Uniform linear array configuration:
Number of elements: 8
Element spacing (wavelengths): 0.75
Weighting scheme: exponential
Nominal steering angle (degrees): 15
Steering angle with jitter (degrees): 14.682
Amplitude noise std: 0.05
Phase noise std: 0.05

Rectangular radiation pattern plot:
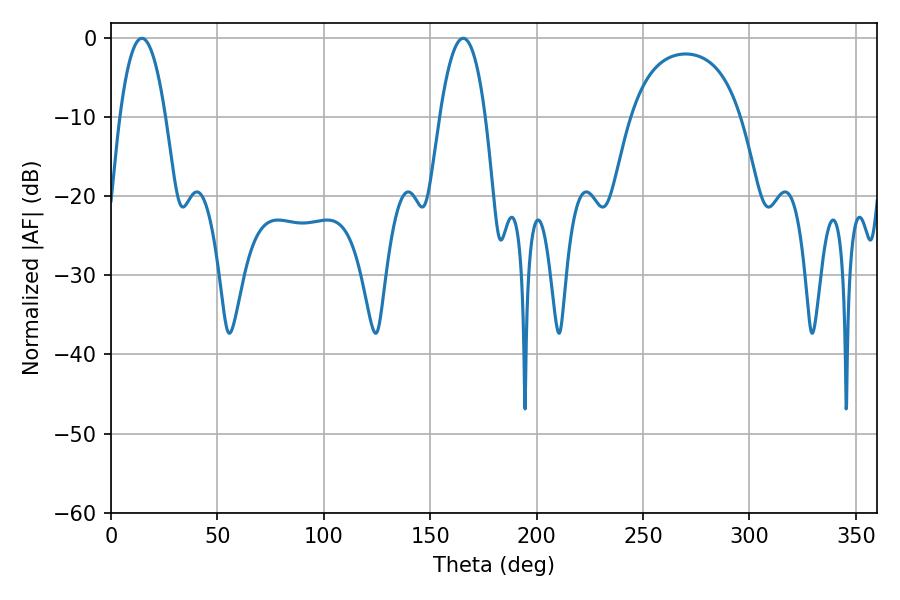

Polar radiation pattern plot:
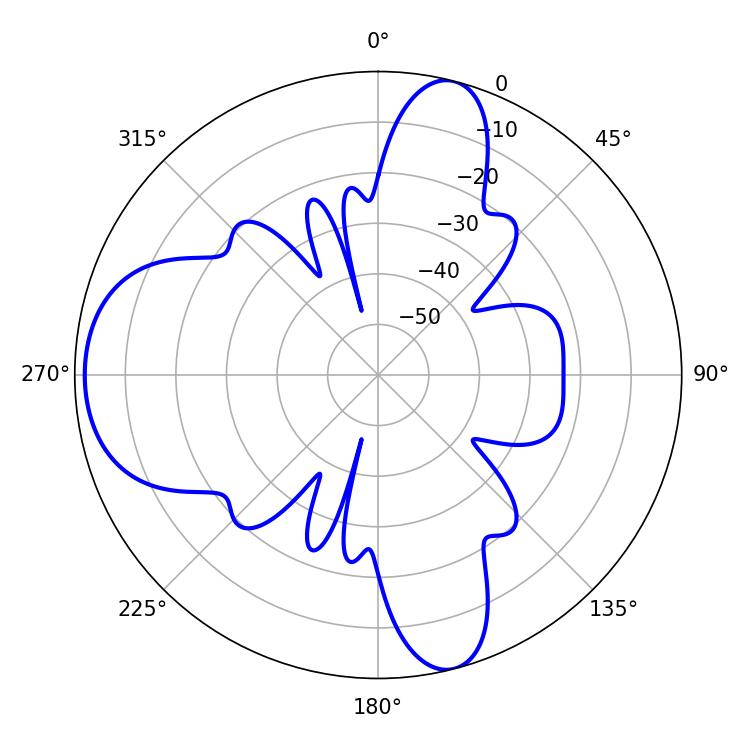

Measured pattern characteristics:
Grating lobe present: TRUE
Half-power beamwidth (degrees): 11.88
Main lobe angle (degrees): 14.58